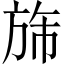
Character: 旆